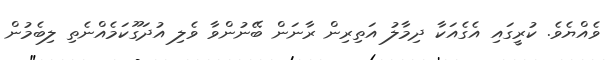
ވެއްޔެވެ. ކުރީގައި އެގެއަކާ ދިމާލު އަތިރިން ރާނަން ބޭނުންވާ ވެލި އުދަގޫކަމެއްނެތި ލިބެމުން